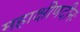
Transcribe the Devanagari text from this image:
महाक्षीणदीनः